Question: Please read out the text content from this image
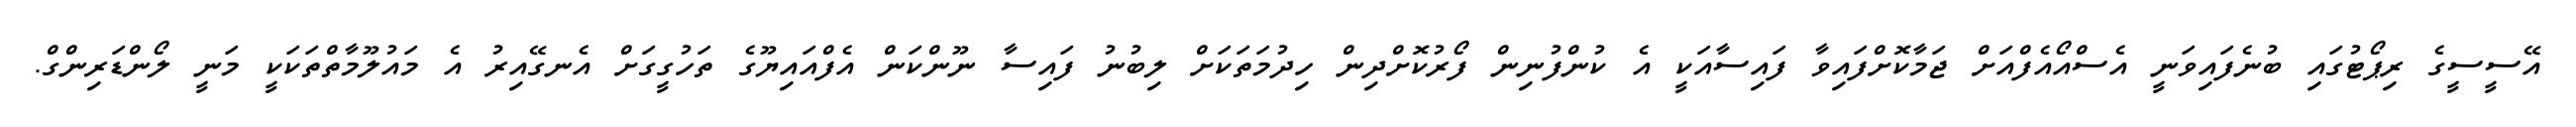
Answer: އޭސީސީގެ ރިޕޯޓުގައި ބުނެފައިވަނީ އެސްއޯއެފްއަށް ޖަމާކޮށްފައިވާ ފައިސާއަކީ އެ ކުންފުނިން ފޯރުކޮށްދިން ހިދުމަތަކަށް ލިބުނު ފައިސާ ނޫންކަން އެފްއައިޔޫގެ ތަހުގީގަށް އެނގޭއިރު އެ މައުލޫމާތްތަކަކީ މަނީ ލޯންޑަރިންގް.